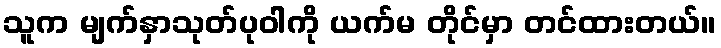
သူက မျက်နှာသုတ်ပုဝါကို ယက်မ တိုင်မှာ တင်ထားတယ်။